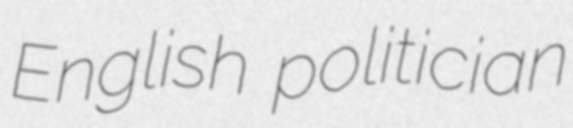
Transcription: English politician